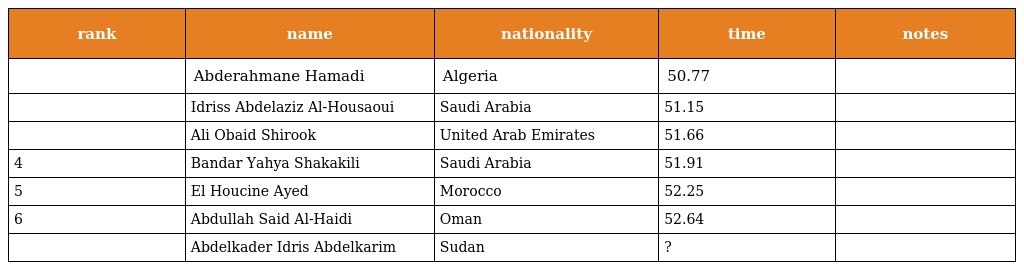
| rank | name | nationality | time | notes |
 | --- | --- | --- | --- | --- |
 |  | Abderahmane Hamadi | Algeria | 50.77 |  |
 |  | Idriss Abdelaziz Al-Housaoui | Saudi Arabia | 51.15 |  |
 |  | Ali Obaid Shirook | United Arab Emirates | 51.66 |  |
 | 4 | Bandar Yahya Shakakili | Saudi Arabia | 51.91 |  |
 | 5 | El Houcine Ayed | Morocco | 52.25 |  |
 | 6 | Abdullah Said Al-Haidi | Oman | 52.64 |  |
 |  | Abdelkader Idris Abdelkarim | Sudan | ? |  |